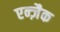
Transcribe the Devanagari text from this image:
एन्ज़ैक